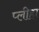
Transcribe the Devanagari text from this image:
प्‍लीहा